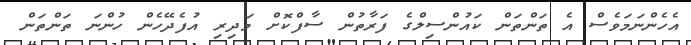
އެހެންނަމަވެސް އެ ތަންތަން ކައުންސިލްގެ ފަރާތުން ސާފްކޮށް މަދިރި އުފެދޭހެން ހުންނަ ތަންތަން